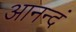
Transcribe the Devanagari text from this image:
आनन्दं